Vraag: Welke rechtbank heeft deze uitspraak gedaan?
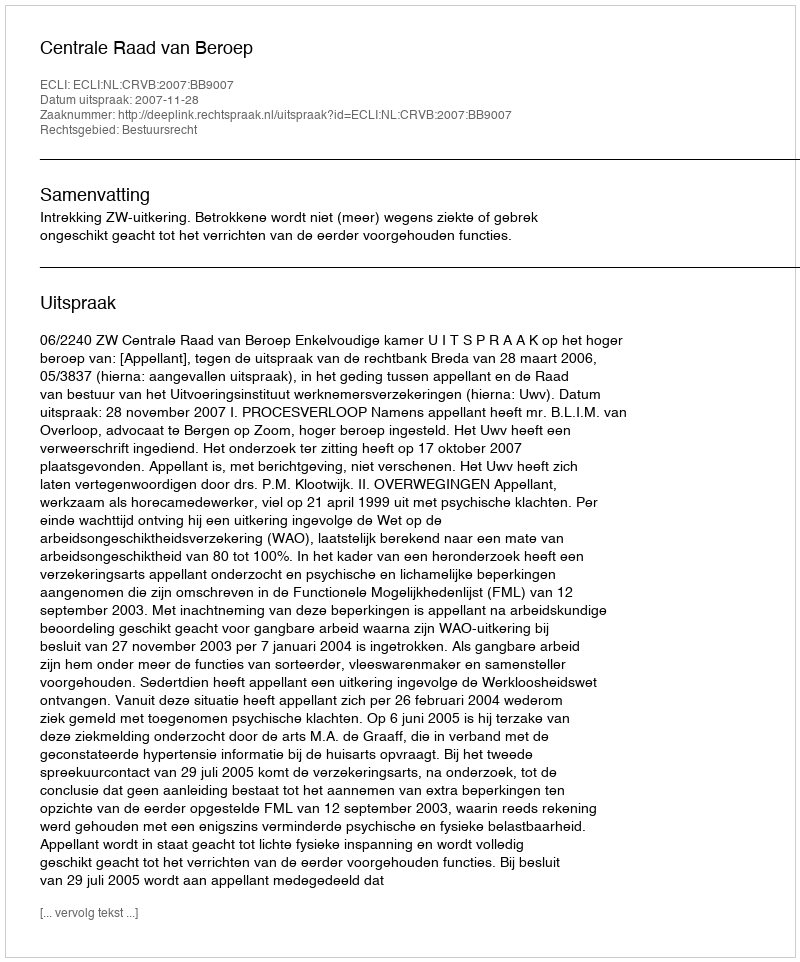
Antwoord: Centrale Raad van Beroep